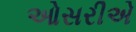
ઓસરીએ